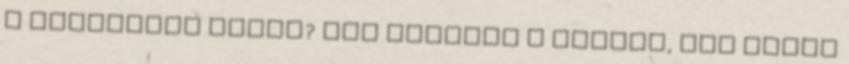
a nagyságos úrnak? Nem értette a dolgot, nem akart